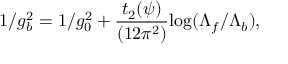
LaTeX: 1 / g _ { b } ^ { 2 } = 1 / g _ { 0 } ^ { 2 } + \frac { t _ { 2 } ( \psi ) } { ( 1 2 \pi ^ { 2 } ) } \mathrm { l o g } ( \Lambda _ { f } / \Lambda _ { b } ) ,